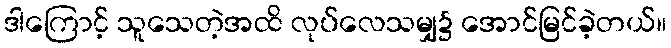
ဒါကြောင့် သူသေတဲ့အထိ လုပ်လေသမျှ၌ အောင်မြင်ခဲ့တယ်။